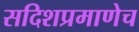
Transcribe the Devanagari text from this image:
सदिशप्रमाणेच